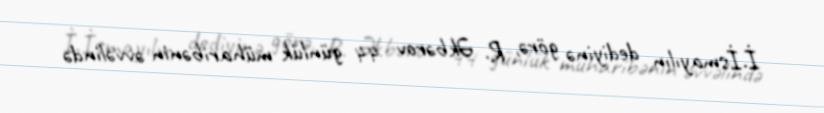
İ.İsmayılın dediyinə görə, R. Əkbərov 44 günlük müharibənin əvvəlində